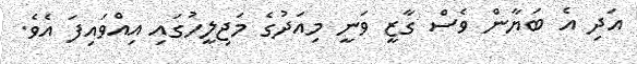
އަދި އެ ބަޔާން ވެސް ގާޒީ ވަނީ މިއަދުގެ މަޖިލީހުގައި އިއްވައިފަ އެވެ.